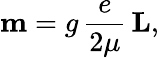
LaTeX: \mathbf{m}=g\, {\frac{e}{2\mu}}\, \mathbf{L},